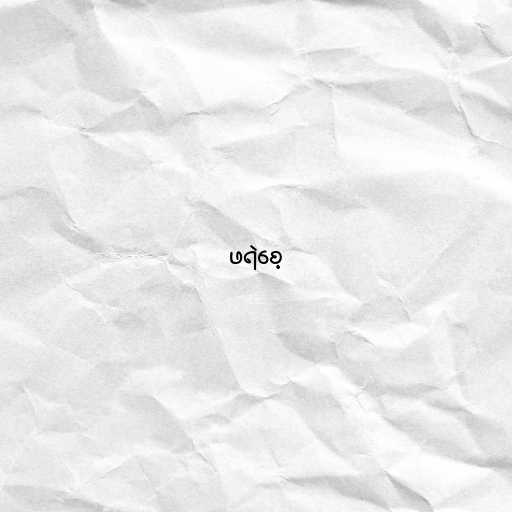
ဖရဲစေ့